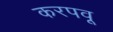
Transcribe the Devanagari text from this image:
करपवू